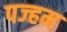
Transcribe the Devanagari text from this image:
पज्हम